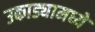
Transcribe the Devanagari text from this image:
उकाड्यामध्ये